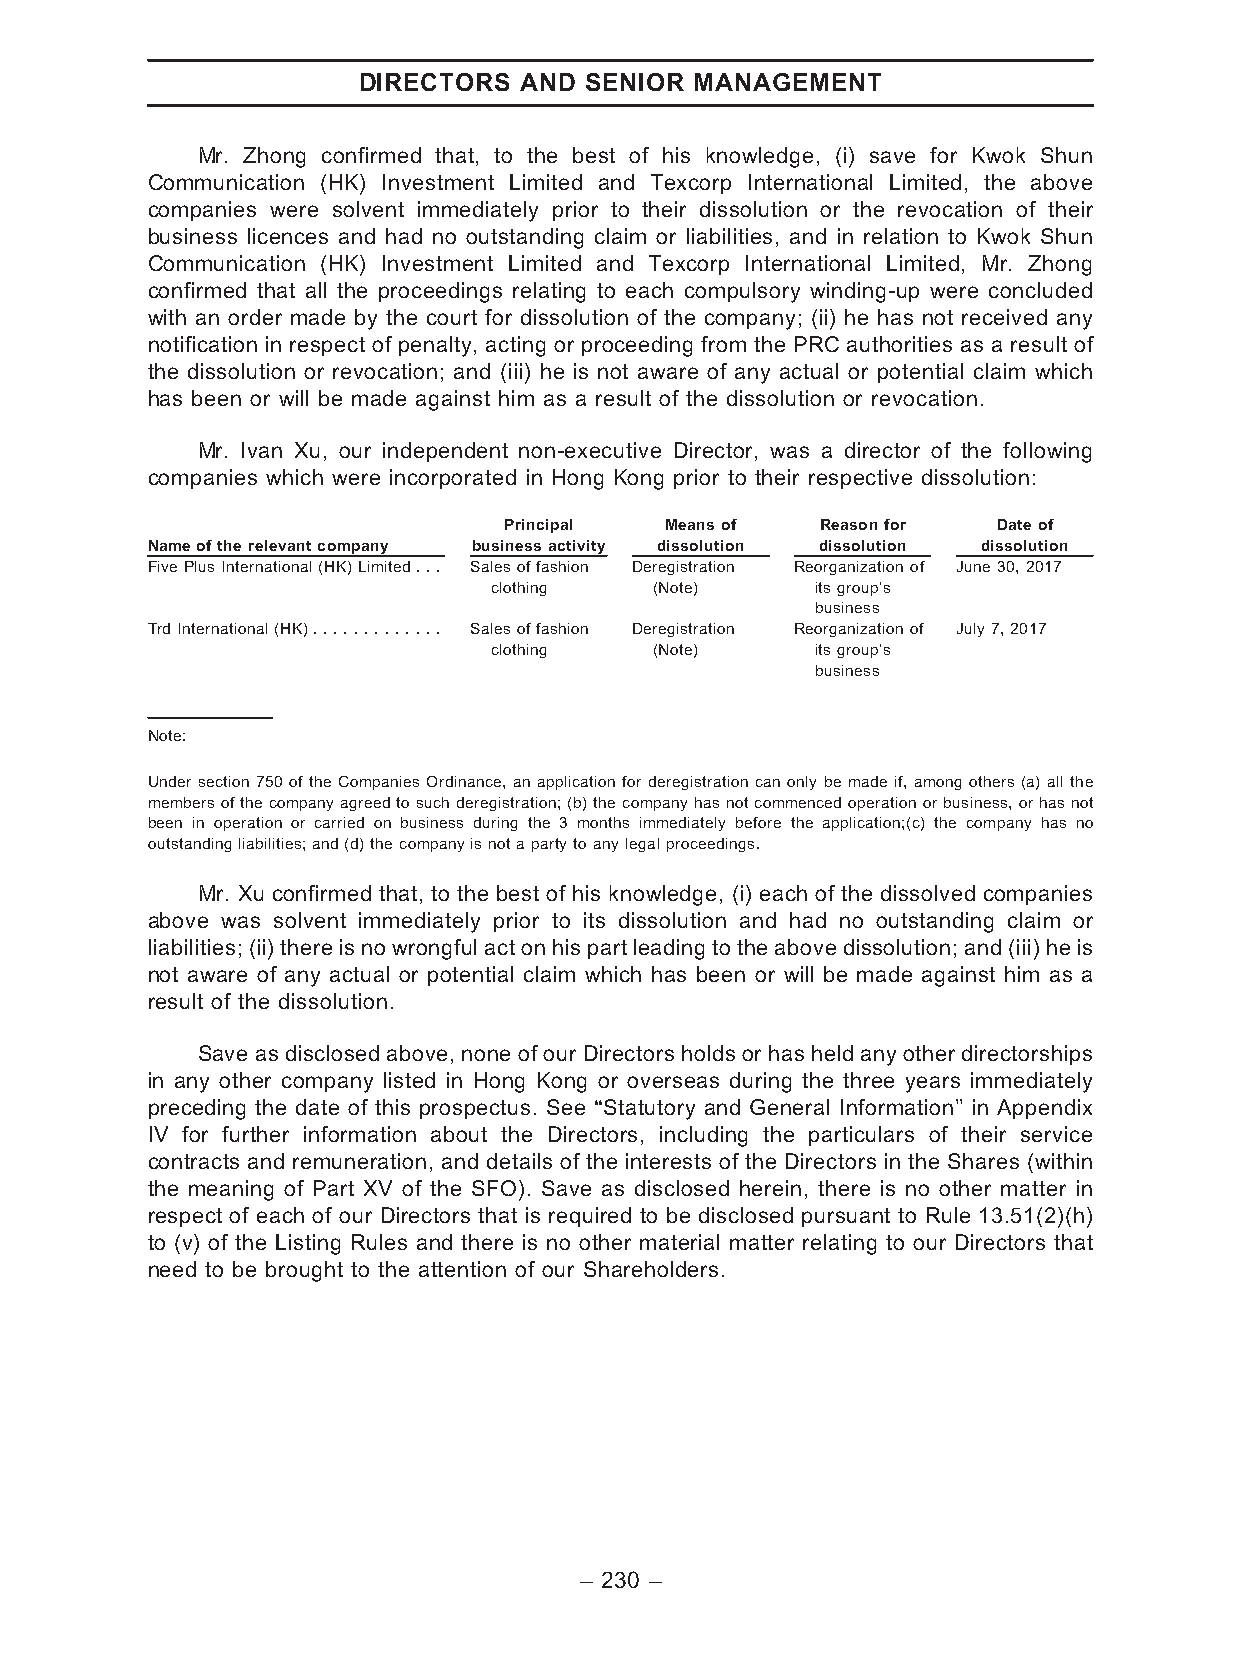
DIRECTORS AND  SENIOR MANAGEMENT
 Mr. Zhong confirmed that, to the best of his knowledge, (i) save for Kwok Shun
 Communication (HK) Investment Limited and Texcorp International Limited, the above
 companies were solvent immediately prior to their dissolution or the revocation of their
 business licences and had no outstanding claim or liabilities, and in relation to Kwok Shun
 Communication (HK) Investment Limited and Texcorp International Limited, Mr. Zhong
 confirmed that all the proceedings relating to each compulsory winding-up were concluded
 with an order made by the court for dissolution of the company; (ii) he has not received any
 notification in respect of penalty, acting or proceeding from the PRC authorities as a result of
 the dissolution or revocation; and (iii) he is not aware of any actual or potential claim which
 has been or will be made against him as a result of the dissolution or revocation.
 Mr. Ivan Xu, our independent non-executive Director, was a director of the following
 companies which were incorporated in Hong Kong prior to their respective dissolution:
 Principal  Meansof   Reasonfor   Dateof
 Nameoftherelevantcompany businessactivity dissolution dissolution dissolution
 FivePlusInternational(HK)Limited... Salesoffashion Deregistration Reorganizationof June30,2017
 clothing   (Note)     itsgroup’s
 business
 TrdInternational(HK)............. Salesoffashion Deregistration Reorganizationof July7,2017
 clothing   (Note)     itsgroup’s
 business
 Note:
 Under section 750 of the Companies Ordinance, an application for deregistration can only be made if, among others (a) all the
 membersofthecompanyagreedtosuchderegistration;(b)thecompanyhasnotcommencedoperationorbusiness,orhasnot
 been in operation or carried on business during the 3 months immediately before the application;(c) the company has no
 outstandingliabilities;and(d)thecompanyisnotapartytoanylegalproceedings.
 Mr. Xu confirmed that, to the best of his knowledge, (i) each of the dissolved companies
 above was solvent immediately prior to its dissolution and had no outstanding claim or
 liabilities;(ii)thereisnowrongfulactonhispartleadingtotheabovedissolution;and(iii)heis
 not aware of any actual or potential claim which has been or will be made against him as a
 result of the dissolution.
 Save as disclosed above, none of our Directors holds or has held any other directorships
 in any other company listed in Hong Kong or overseas during the three years immediately
 preceding the date of this prospectus. See ‘‘Statutory and General Information’’ in Appendix
 IV for further information about the Directors, including the particulars of their service
 contracts and remuneration, and details of the interests of the Directors in the Shares (within
 the meaning of Part XV of the SFO). Save as disclosed herein, there is no other matter in
 respect of each of our Directors that is required to be disclosed pursuant to Rule 13.51(2)(h)
 to (v) of the Listing Rules and there is no other material matter relating to our Directors that
 need to be brought to the attention of our Shareholders.
 – 230 –